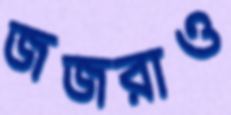
জজরাও